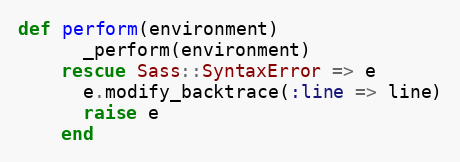
Language: Ruby
def perform(environment)
      _perform(environment)
    rescue Sass::SyntaxError => e
      e.modify_backtrace(:line => line)
      raise e
    end